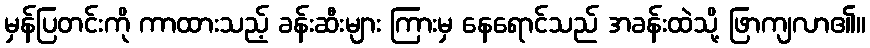
မှန်ပြတင်းကို ကာထားသည့် ခန်းဆီးများ ကြားမှ နေရောင်သည် အခန်းထဲသို့ ဖြာကျလာ၏။